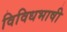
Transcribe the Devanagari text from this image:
विविधभाषी